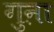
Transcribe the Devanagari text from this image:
गुऩा